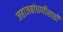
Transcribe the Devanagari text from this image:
जहाजबांधणीसाठी